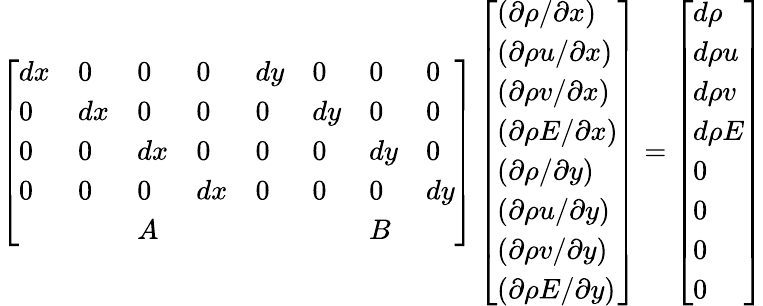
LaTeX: \left[\begin{array}{llllllll}{dx}&{0}&{0}&{0}&{dy}&{0}&{0}&{0}\\ {0}&{dx}&{0}&{0}&{0}&{dy}&{0}&{0}\\ {0}&{0}&{dx}&{0}&{0}&{0}&{dy}&{0}\\ {0}&{0}&{0}&{dx}&{0}&{0}&{0}&{dy}\\ &&{A}&&&&{B}&\end{array}\right]\left[\begin{array}{l}{(\partial\rho/\partial x)}\\ {(\partial\rho u/\partial x)}\\ {(\partial\rho v/\partial x)}\\ {(\partial\rho E/\partial x)}\\ {(\partial\rho/\partial y)}\\ {(\partial\rho u/\partial y)}\\ {(\partial\rho v/\partial y)}\\ {(\partial\rho E/\partial y)}\end{array}\right]=\left[\begin{array}{l}{d\rho}\\ {d\rho u}\\ {d\rho v}\\ {d\rho E}\\ {0}\\ {0}\\ {0}\\ {0}\end{array}\right]